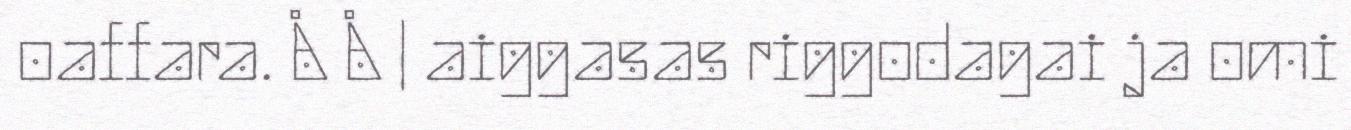
oaffara. Å Å | aiggasas riggodagai ja omi